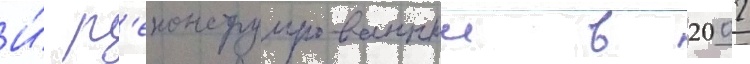
И́ р'еконструированныи в 2002